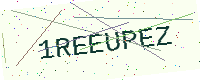
Text: 1REEUPEZ